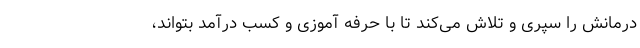
درمانش را سپری و تلاش می‌کند تا با حرفه آموزی و کسب درآمد بتواند،